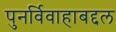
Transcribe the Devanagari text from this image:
पुनर्विवाहाबद्दल